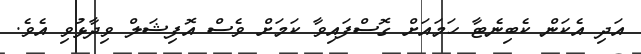
އަދި އެކަން ކެބިނެޓާ ހަމައަށް ގޮސްފައިވާ ކަމަށް ވެސް އޮފިޝަލް ވިދާޅުވި އެވެ.